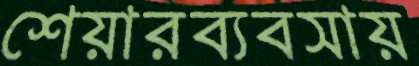
শেয়ারব্যবসায়